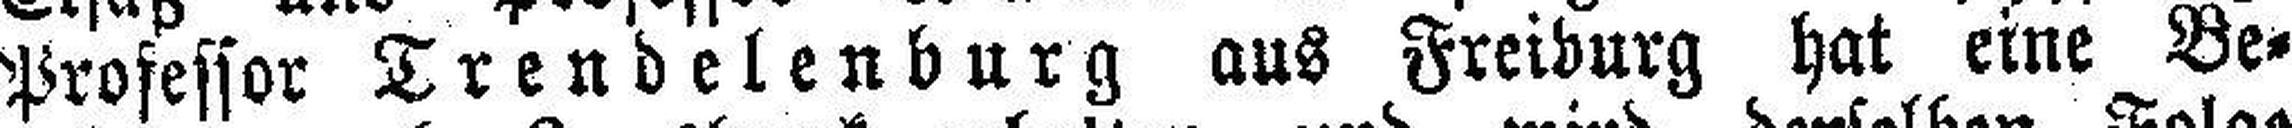
Professor Trendelenburg aus Freiburg hat eine Be¬